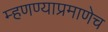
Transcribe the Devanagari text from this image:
म्हणण्याप्रमाणेच